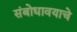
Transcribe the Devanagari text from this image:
संबोधावयाचे